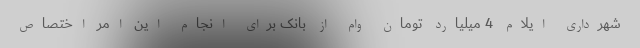
شهرداری ایلام 4 میلیارد تومان وام از بانک برای انجام این امر اختصاص